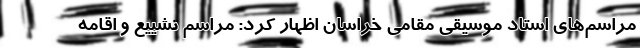
مراسم‌های استاد موسیقی مقامی خراسان اظهار کرد: مراسم تشییع و اقامه